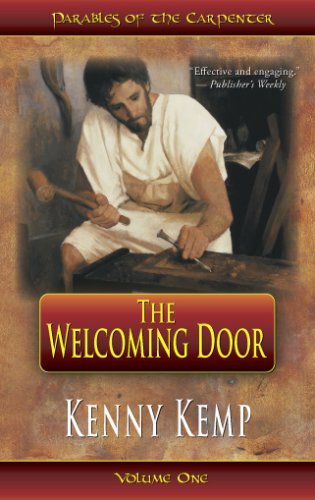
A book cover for The Welcoming Door; Kenny Kemp; Christian Books & Bibles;